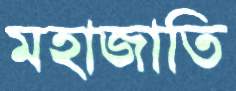
মহাজাতি